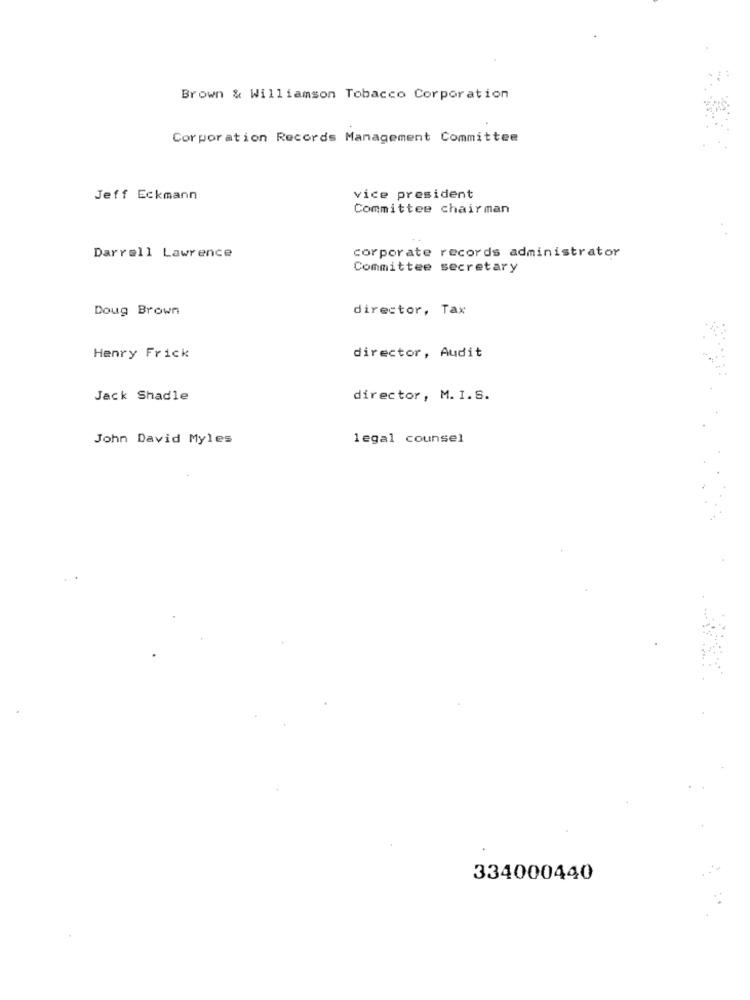
Brown & Williamson Tobacco Corporation
Corporation Records Management Committee
Jeff Eckmann
vice president
Committee chairman
Darrell Lawrence
corporate records administrator
Committee secretary
Doug Brown
director, Tax
director, Audit
Henry Frick
Jack Shadle
director, M. I.S.
John David Myles
legal counsel
334000440